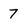
Character: 7